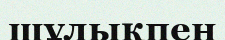
шұлықпен